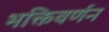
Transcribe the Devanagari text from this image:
भक्तिवर्णन